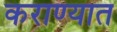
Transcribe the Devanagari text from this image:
कराण्यात